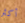
أكثر